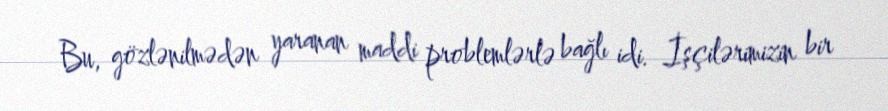
Bu, gözlənilmədən yaranan maddi problemlərlə bağlı idi. İşçilərimizin bir